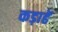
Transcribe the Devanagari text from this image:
कड़ाहें